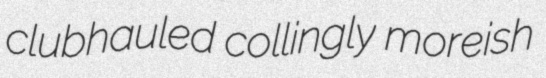
clubhauled collingly moreish